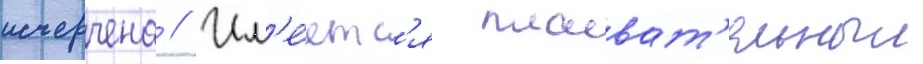
исчерчена // Им'е́етс'я плават'ельныи